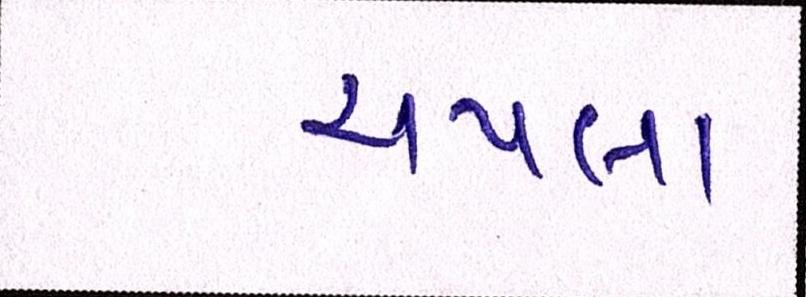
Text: ચપલા